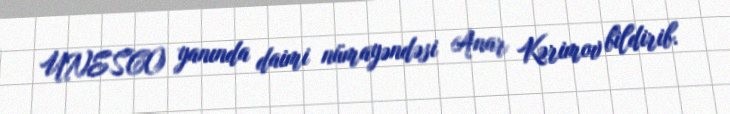
UNESCO yanında daimi nümayəndəsi Anar Kərimov bildirib.